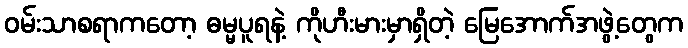
ဝမ်းသာစရာကတော့ ဓမ္မပူရနဲ့ ကိုဟီးမားမှာရှိတဲ့ မြေအောက်အဖွဲ့တွေက